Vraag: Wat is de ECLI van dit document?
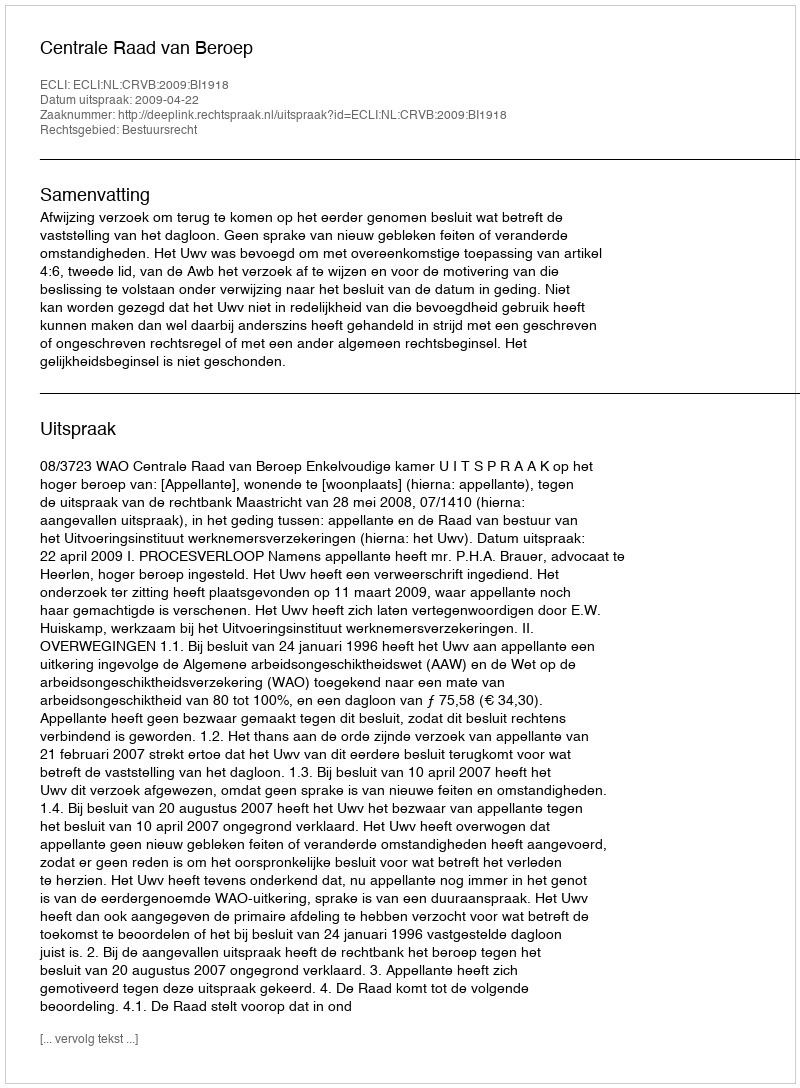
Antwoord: ECLI:NL:CRVB:2009:BI1918